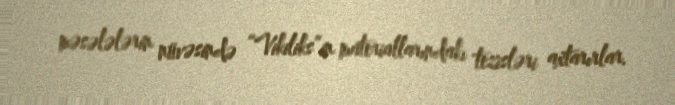
məsələlərin nüvəsində “Vikiliks”in materiallarındakı tezisləri axtarırlar.